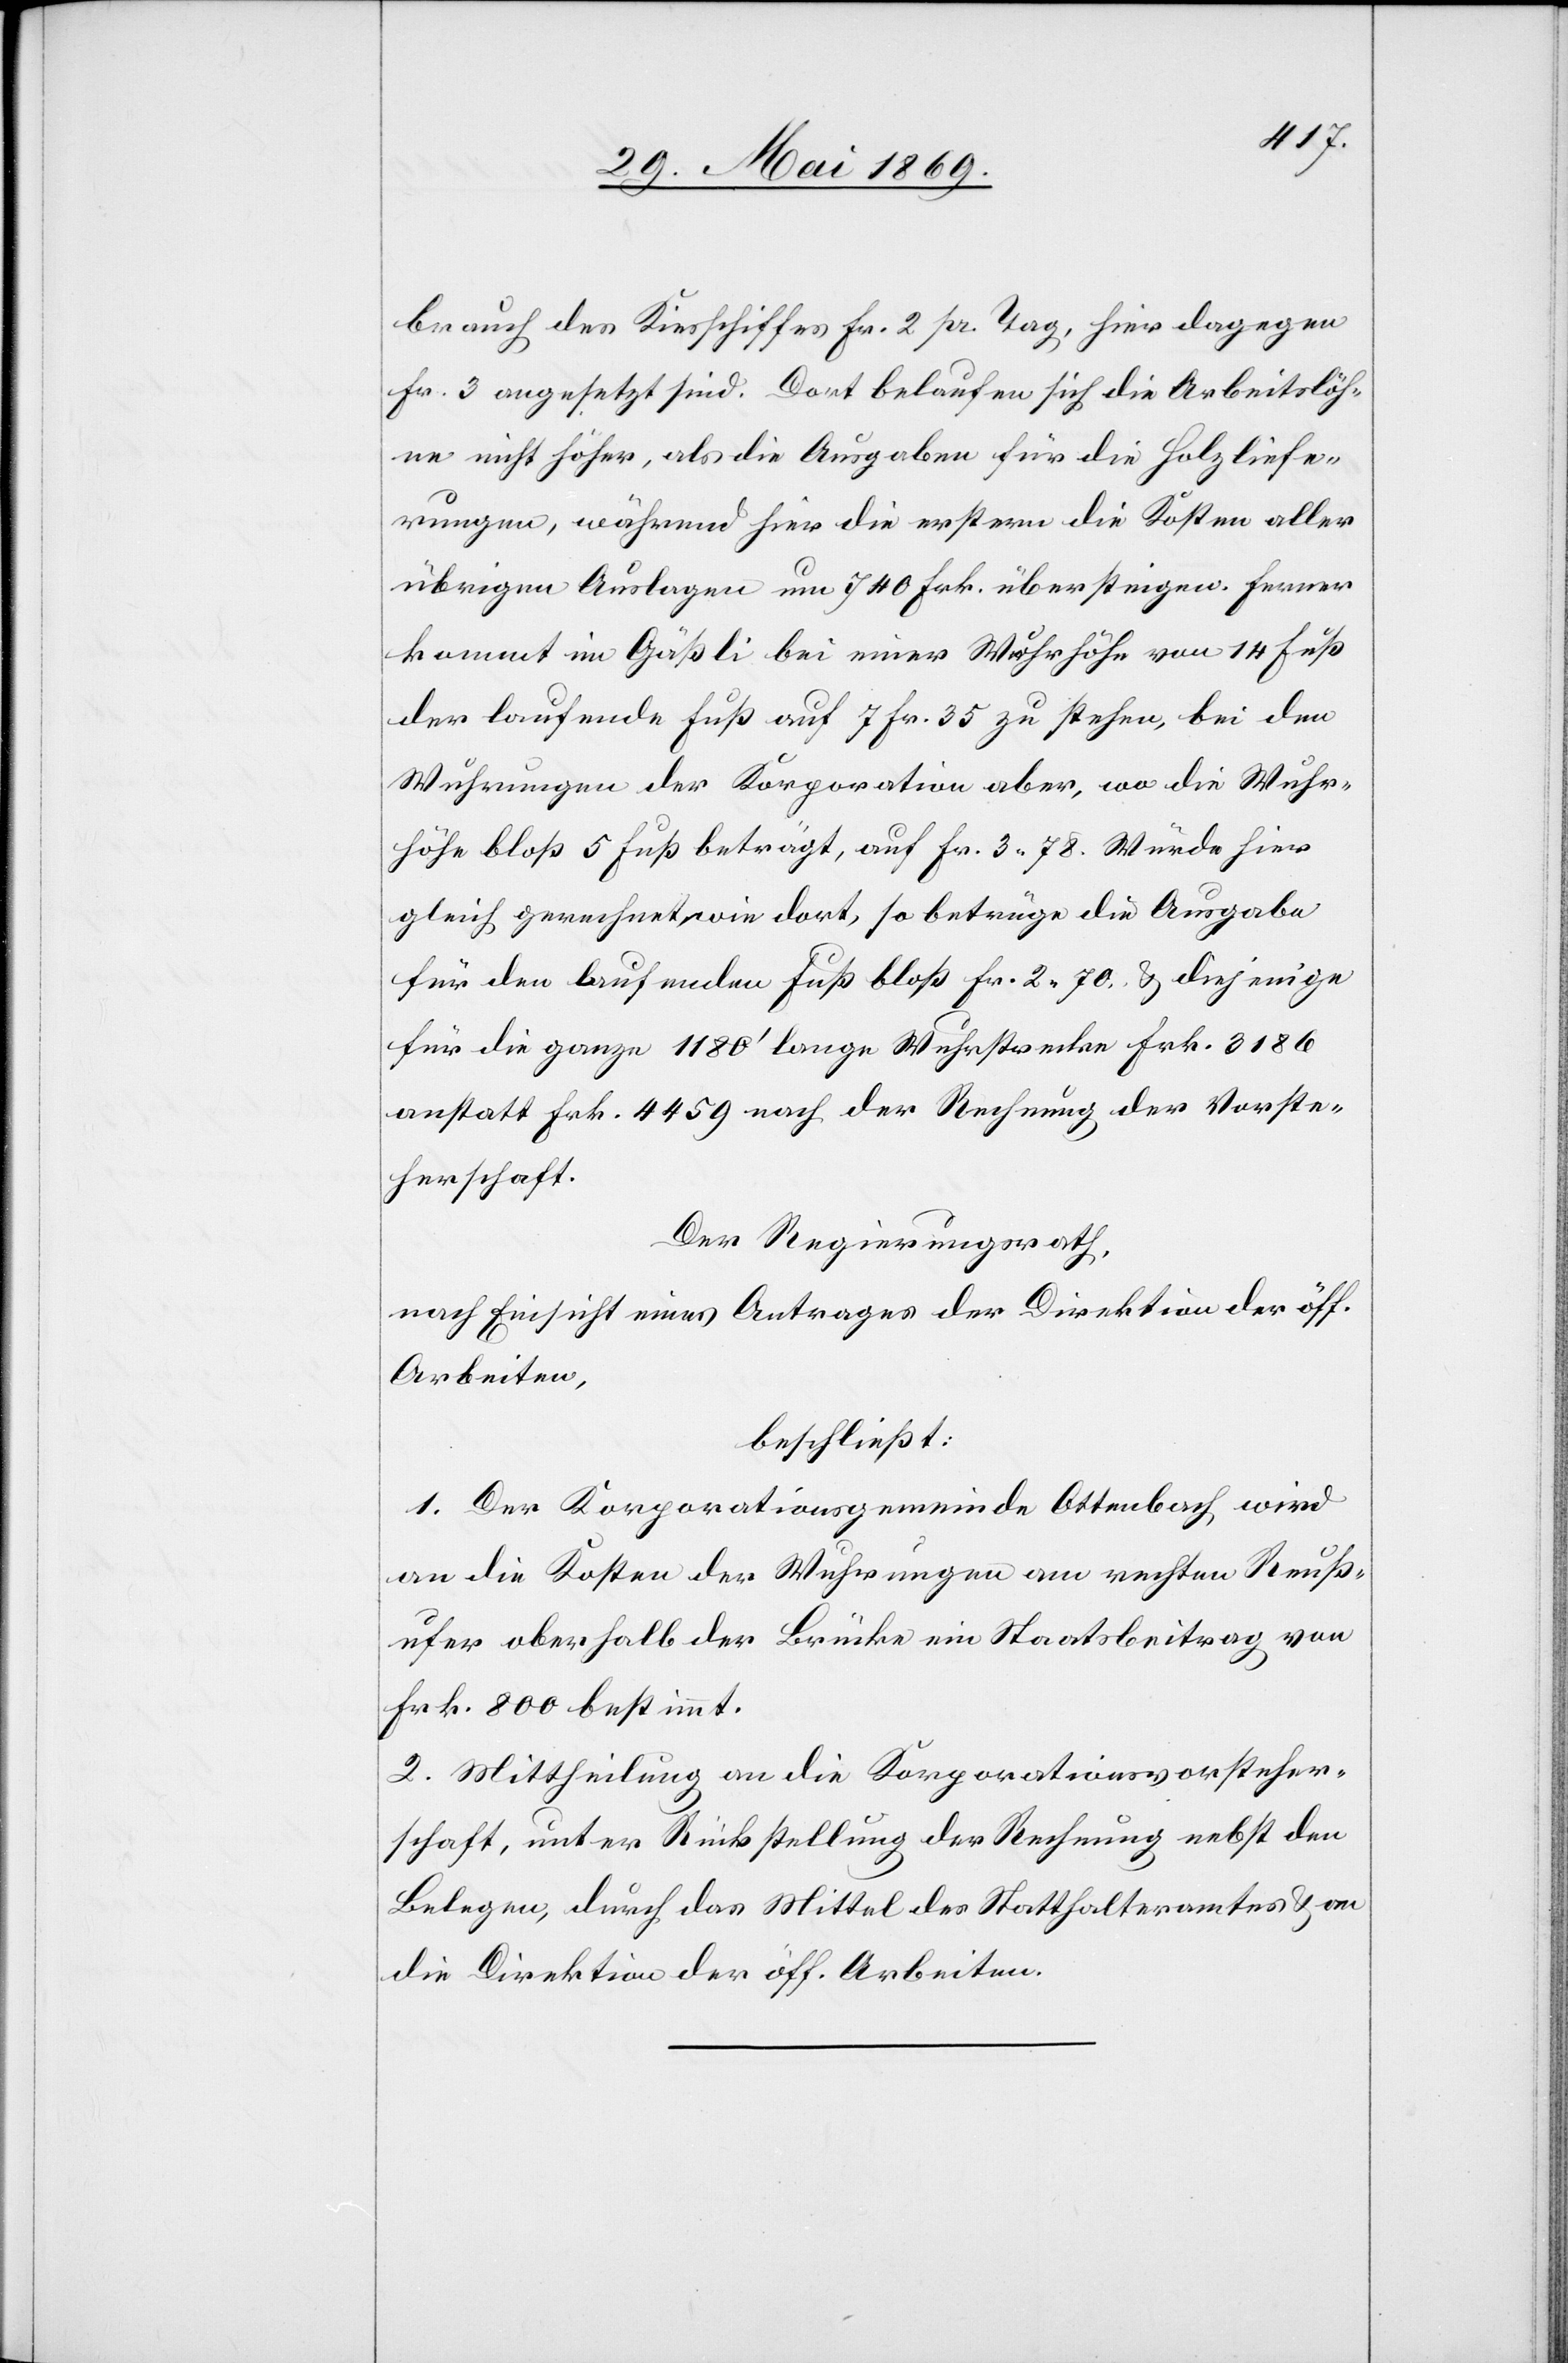
auch des Kirchschiffes Fr. 2 pr. Tag, hier dagegen
Fr. 3 angesetzt sind. Dort belaufen sich die Arbeitslöh¬
ne nicht höher, als die Ausgaben für die Holzliefe¬
rungen, während hier die erstern die Kosten aller
übrigen Auslagen um 740 Frk. übersteigen. Ferner
kommt im Gäßli bei einer Wuhrhöhe von 14 Fuß
der laufende Fuß auf 7 Fr. 35 zu stehen, bei den
Wuhrungen der Korporation aber, wo die Wuhr¬
höhe bloß 5 Fuß beträgt, auf Fr. 3.78. Würde hier
gleich gerechnet, wie dort, so betrüge die Ausgabe
für den laufenden Fuß bloß Fr. 2.70. u. diejenige
für die ganze 1180’ lange Wuhrstrecke Frk. 3186
anstatt Frk. 4459 nach der Rechnung der Vorste¬
herschaft.
Der Regierungsrath,
nach Einsicht eines Antrages der Direktion der öff.
Arbeiten,
beschließt:
1. Der Korporationsgemeinde Ottenbach wird
an die Kosten der Wuhrungen am rechten Reuß¬
ufer oberhalb der Brücke ein Staatsbeitrag von
Frk. 800 bestimmt.
2. Mittheilung an die Korporationsvorsteher¬
schaft, unter Rückstellung der Rechnung nebst den
Belegen, durch das Mittel des Statthalteramtes u. an
die Direktion der öff. Arbeiten.